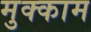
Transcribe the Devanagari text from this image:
मुक्‍काम